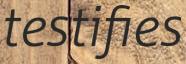
testifies